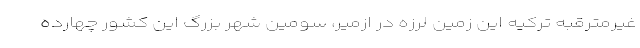
غیرمترقبه ترکیه این زمین لرزه در ازمیر، سومین شهر بزرگ این کشور چهارده